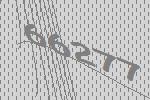
66277